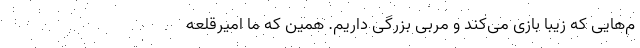
م‌هایی که زیبا بازی می‌کند و مربی بزرگی داریم. همین که ما امیرقلعه